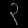
Digit: ၃